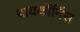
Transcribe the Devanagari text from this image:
बायकॉर्निस